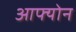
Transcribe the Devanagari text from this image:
आफ्योन